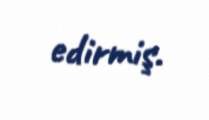
edirmiş.